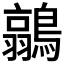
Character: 𮭐